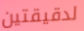
لدقيقتين